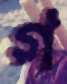
গ